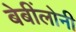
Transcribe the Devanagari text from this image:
बेबींलोनी